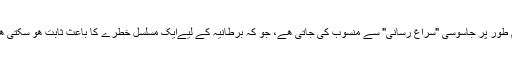
عام طور پر جاسوسی "سراغ رسانی" سے منسوب کی جاتی ھے، جو کہ برطانيہ کے ليےايک مسلسل خطرے کا باعث ثابت ھو سکتی ھے۔